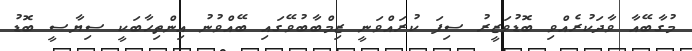
މުގާބޭއާ ވާދަކުރެއްވި ބޮޑުވަޒީރު ސިފަ ކުރައްވަނީ ޒިމްބާބުވޭގައި ބޭއްވުނު އިންތިހާބަކީ ސިޔާސީ ބޮޑު